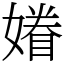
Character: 𡡀